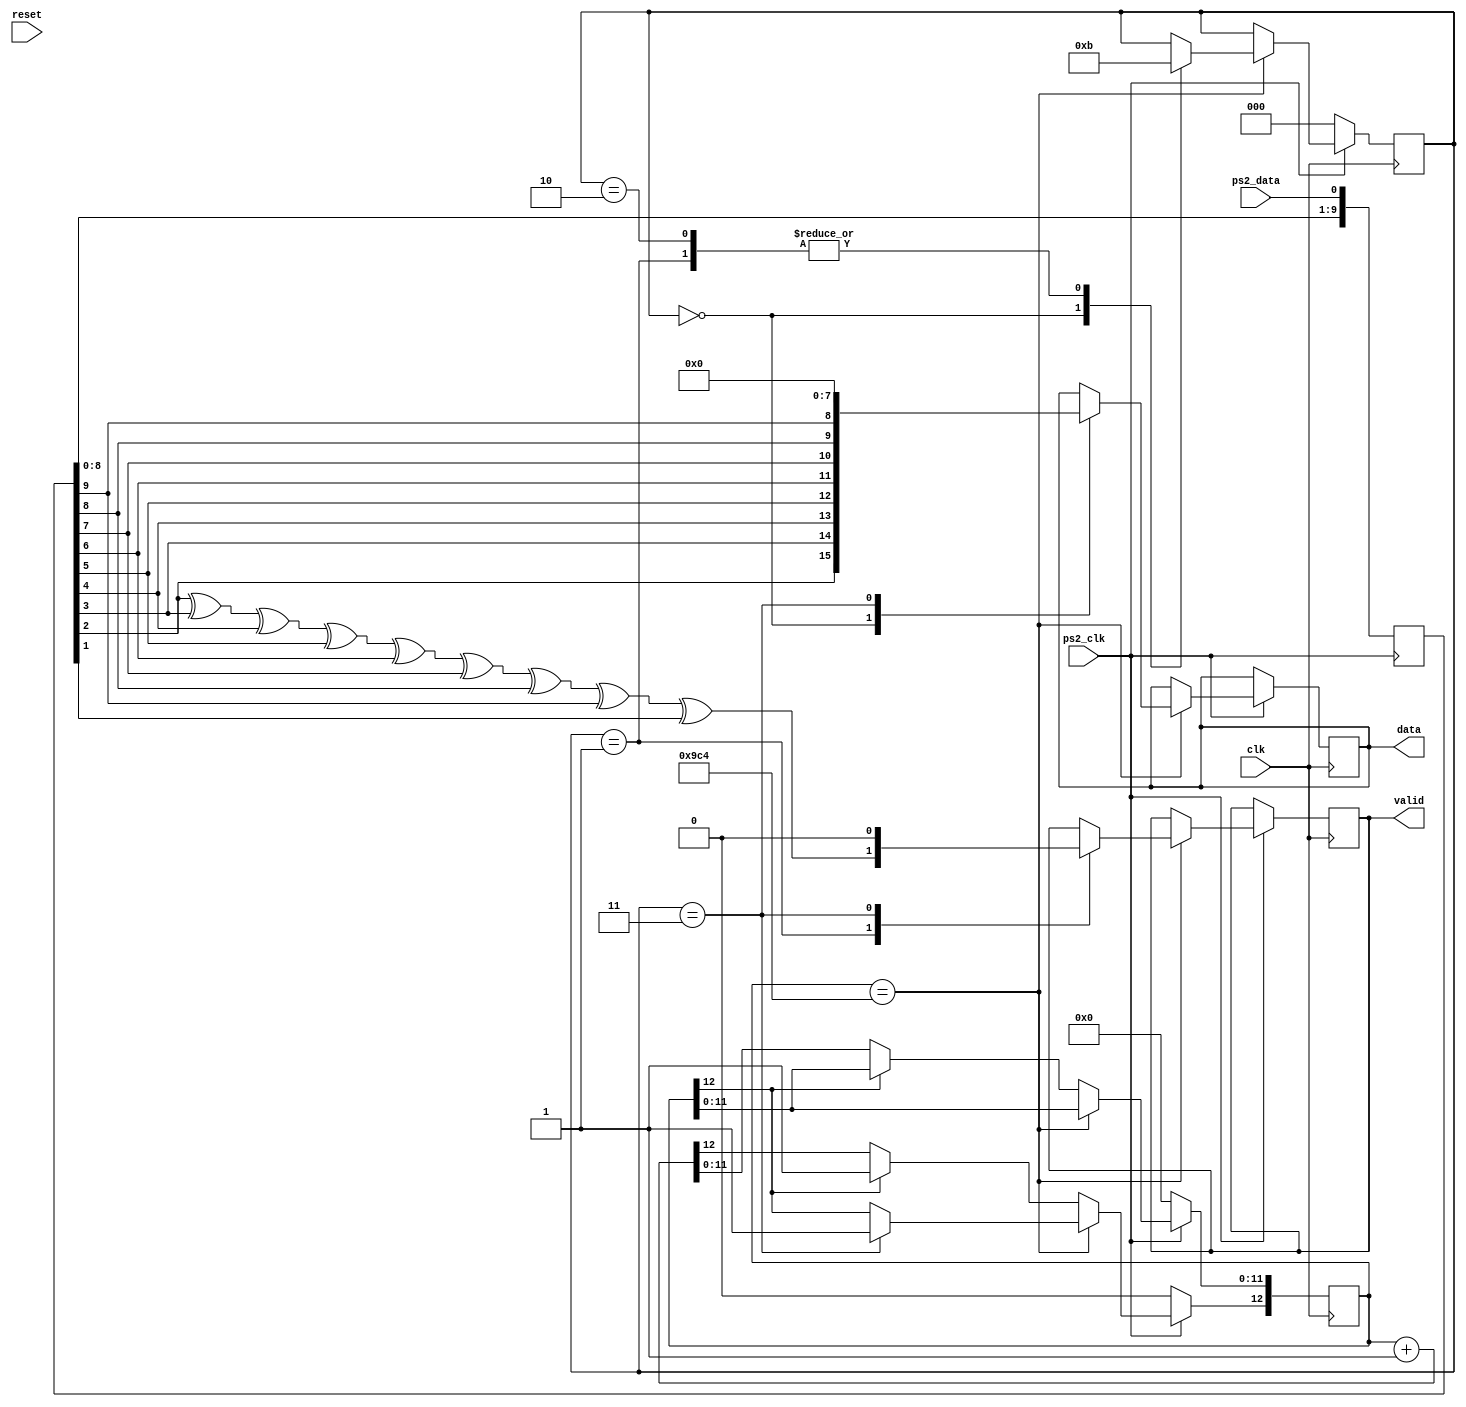


module ps2_decoder (
    input  wire       clk,      // clock
    input  wire       ps2_clk,  // PS2 Clock Input
    input  wire       ps2_data, // PS2 Data Input
    input  wire       reset,    // Reset signal
    output wire       valid,    // pulsed when the output data is valid
    output wire [7:0] data      // Output data
);

    localparam SYSTEM_CLOCK = 25_000_000;
    localparam PS2_CLOCK = 10_000;
    localparam [12:0] PS2_BIT_TIME = SYSTEM_CLOCK / PS2_CLOCK;

    localparam IDLE = 0, SETUP = 1, HOLD = 2, CLEAR = 3;

    reg  [10:0]  shift_reg = 0;
    reg  [12:0]  clk_timeout = 0;
    reg          reset_counter = 0;
    reg  [2:0]   state_reg = IDLE;
    reg  [7:0]   ps2_value = 0;
    reg          valid_reg = 0;

    assign data = ps2_value;
    assign valid = valid_reg;

    always @(negedge ps2_clk) begin
        shift_reg <= {shift_reg[9:0], ps2_data};
    end

    always @(posedge clk ) begin
        if (ps2_clk) begin
            if (clk_timeout == PS2_BIT_TIME) begin
                case(state_reg)
                    IDLE: begin
                        ps2_value <= {shift_reg[2], shift_reg[3], shift_reg[4], shift_reg[5], shift_reg[6], shift_reg[7], shift_reg[8], shift_reg[9]};
                        state_reg <= SETUP;
                    end
                    SETUP: begin
                        valid_reg <= shift_reg[2] ^ shift_reg[3] ^ shift_reg[4] ^ shift_reg[5] ^ shift_reg[6] ^ shift_reg[7] ^ shift_reg[8] ^ shift_reg[9] ^ shift_reg[1];
                        state_reg <= CLEAR;
                    end
                    HOLD: begin
                        state_reg <= CLEAR;
                    end
                    CLEAR: begin
                        valid_reg <= 0;
                        ps2_value <= 0;
                        clk_timeout[12] <= 1;
                    end
                endcase
            end else if (clk_timeout[12] == 0) begin
                clk_timeout <= clk_timeout + 1;
            end
        end else begin
            clk_timeout <= 0;
            state_reg <= IDLE;
        end
    end

endmodule